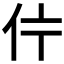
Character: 𱎦